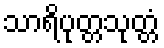
သာရိပုတ္တသုတ္တံ